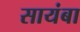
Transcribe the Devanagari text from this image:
सायंबा